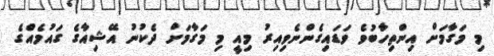
މި މަގާމަށް އިންތިހާބުވެ ވަޑައިގެންނެވިއިރު މިއީ މި މަގާމަށް ދެކުނު އޭޝިއާގެ ގައުމެއްގެ